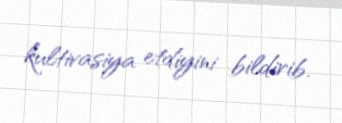
kultivasiya etdiyini bildirib.